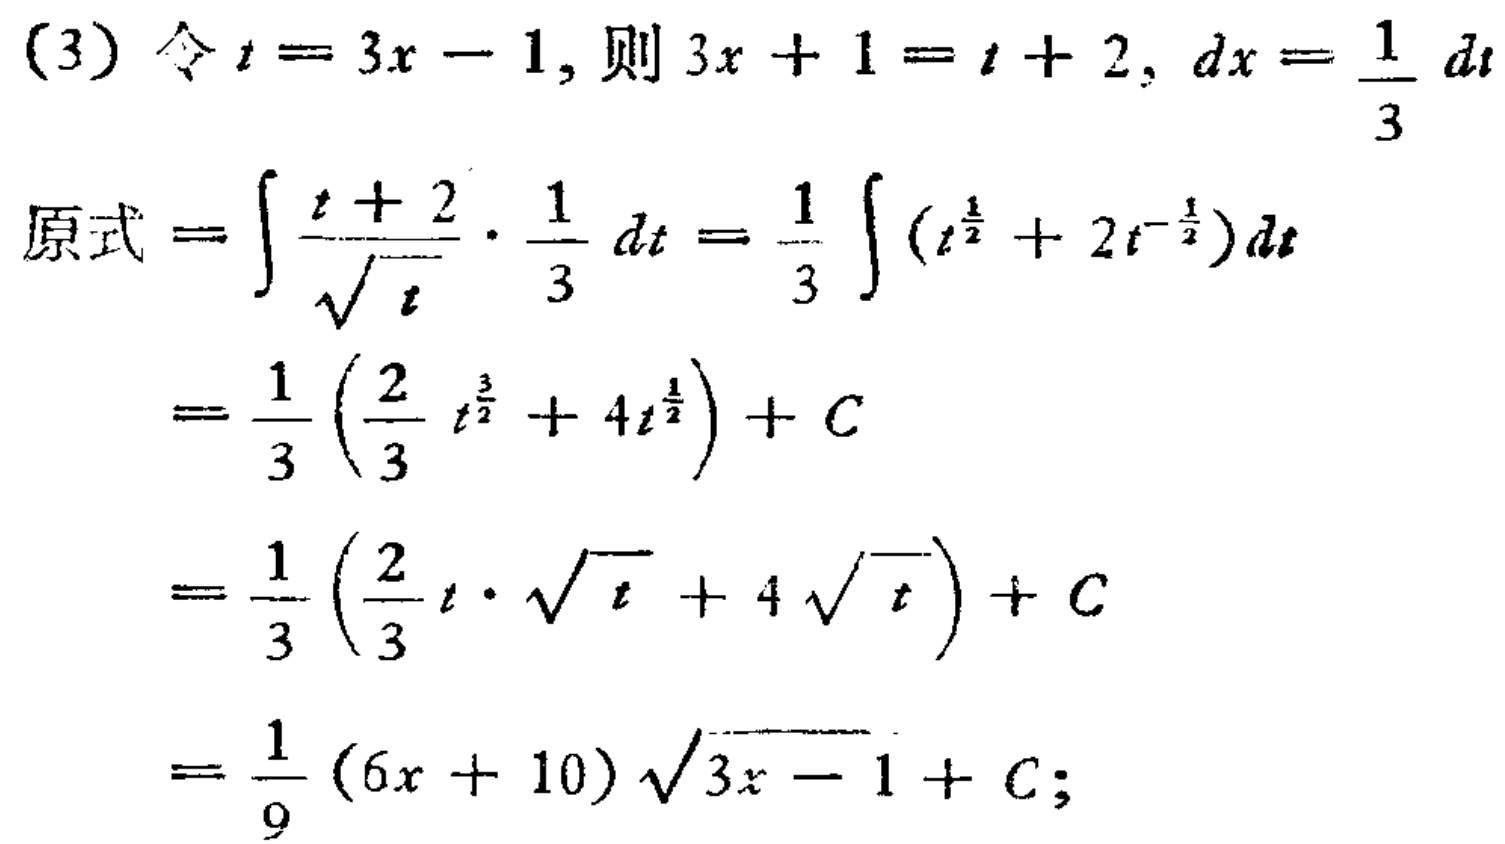
(3) 令 \(t = 3x - 1\)，则 \(3x + 1 = t + 2\)，\(dx=\frac{1}{3}dt\)
原式\(=\int\frac{t + 2}{\sqrt{t}}\cdot\frac{1}{3}dt=\frac{1}{3}\int(t^{\frac{1}{2}}+2t^{-\frac{1}{2}})dt\)
\(=\frac{1}{3}(\frac{2}{3}t^{\frac{3}{2}}+4t^{\frac{1}{2}})+C\)
\(=\frac{1}{3}(\frac{2}{3}t\cdot\sqrt{t}+4\sqrt{t})+C\)
\(=\frac{1}{9}(6x + 10)\sqrt{3x - 1}+C\)；